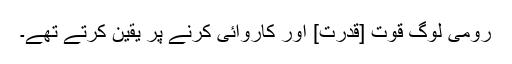
رومی لوگ قوت [قدرت] اور کاروائی کرنے پر یقین کرتے تھے۔